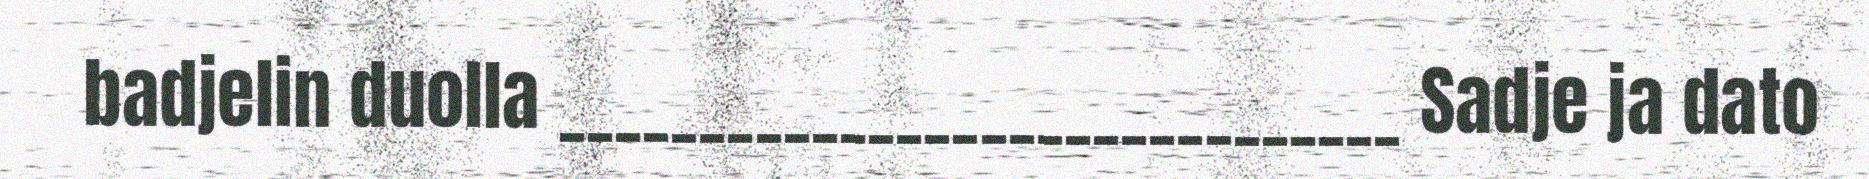
badjelin duolla ______________________________ Sadje ja dato